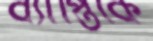
ব্যাপ্তিকে